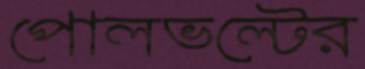
পোলভল্টের